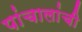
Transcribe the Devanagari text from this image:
पांचालांची